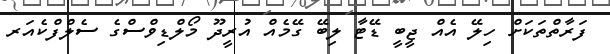
ފަރާތްތަކަށް ހިލޭ އެއް ޖީބީ ޑޭޓާ ލިބޭ ގޭމެއް އުރީދޫ މޯލްޑިވްސްގެ ސެލްފްކެއަރ